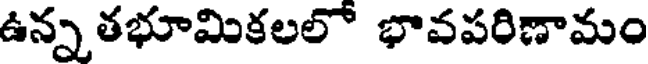
ఉన్న తభూమికలలో భావపరిణామం